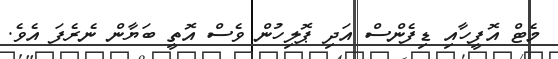
މެޓް އޮފީހާއި ޑިފެންސް އަދި ޕޮލިހުން ވެސް އޮތީ ބަޔާން ނެރެފަ އެވެ.